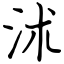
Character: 沭